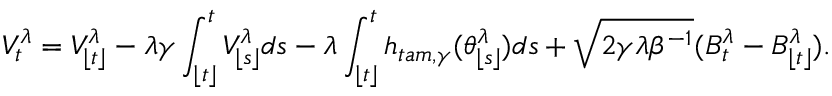
V _ { t } ^ { \lambda } = V _ { \lfloor t \rfloor } ^ { \lambda } - \lambda \gamma \int _ { \lfloor t \rfloor } ^ { t } V _ { \lfloor s \rfloor } ^ { \lambda } d s - \lambda \int _ { \lfloor t \rfloor } ^ { t } h _ { t a m , \gamma } ( \theta _ { \lfloor s \rfloor } ^ { \lambda } ) d s + \sqrt { 2 \gamma \lambda \beta ^ { - 1 } } ( B _ { t } ^ { \lambda } - B _ { \lfloor t \rfloor } ^ { \lambda } ) .